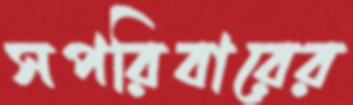
সপরিবারের